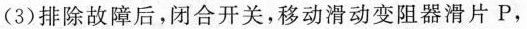
(3)排除故障后，闭合开关，移动滑动变阻器滑片P，